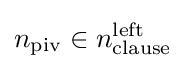
n_{\text{piv}}\in n_{\text{clause}}^{\text{left}}